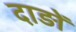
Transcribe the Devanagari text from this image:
दाड़ों